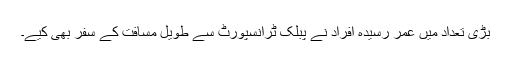
بڑی تعداد میں عمر رسیدہ افراد نے پبلک ٹرانسپورٹ سے طویل مسافت کے سفر بھی کیے۔